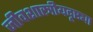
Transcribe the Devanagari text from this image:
जीवशास्त्रीयदृष्ट्या